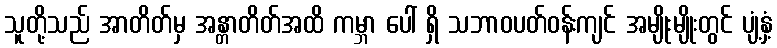
သူတို့သည် အာတိတ်မှ အန္တာတိတ်အထိ ကမ္ဘာ ပေါ် ရှိ သဘာဝပတ်ဝန်းကျင် အမျိုးမျိုးတွင် ပျံ့နှံ့